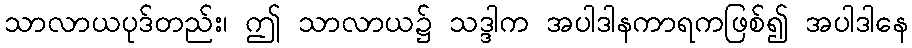
သာလာယပုဒ်တည်း၊ ဤ သာလာယ၌ သဒ္ဒါက အပါဒါနကာရကဖြစ်၍ အပါဒါနေ